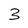
Character: 3